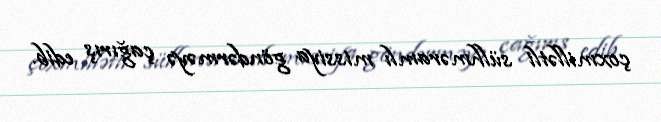
çoxmillətli sülhməramlı missiya göndərməyə çağırış edib.